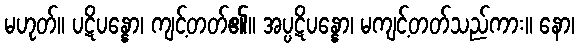
မဟုတ်။ ပဋိပန္နော၊ ကျင့်တတ်၏။ အပ္ပဋိပန္နော၊ မကျင့်တတ်သည်ကား။ နော၊